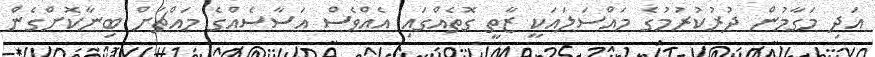
އަދި މަގާމުން ދުރުކުރުމުގެ މައްސަލައަކީ ޒާތީ ގޮތެއްގައި އެއްވެސް އަސާސެއްގެ މައްޗަށް ބިނާކޮށްގެން